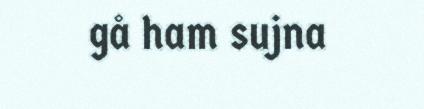
gå ham sujna